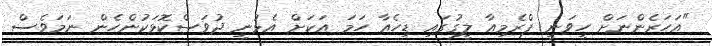
"އަހަރެންނަށް ހީވަނީ ޕްރެމިއާ ލީގުގައި ޑިހެއާ ހަމަ އަކަށް އެޅުނީ ދުވަސްކޮޅަކުންހެން ނަމަވެސް